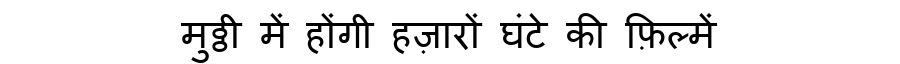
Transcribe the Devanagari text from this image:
मुठ्ठी में होंगी हज़ारों घंटे की फ़िल्में